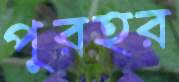
পুরহর